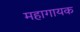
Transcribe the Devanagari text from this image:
महागायक